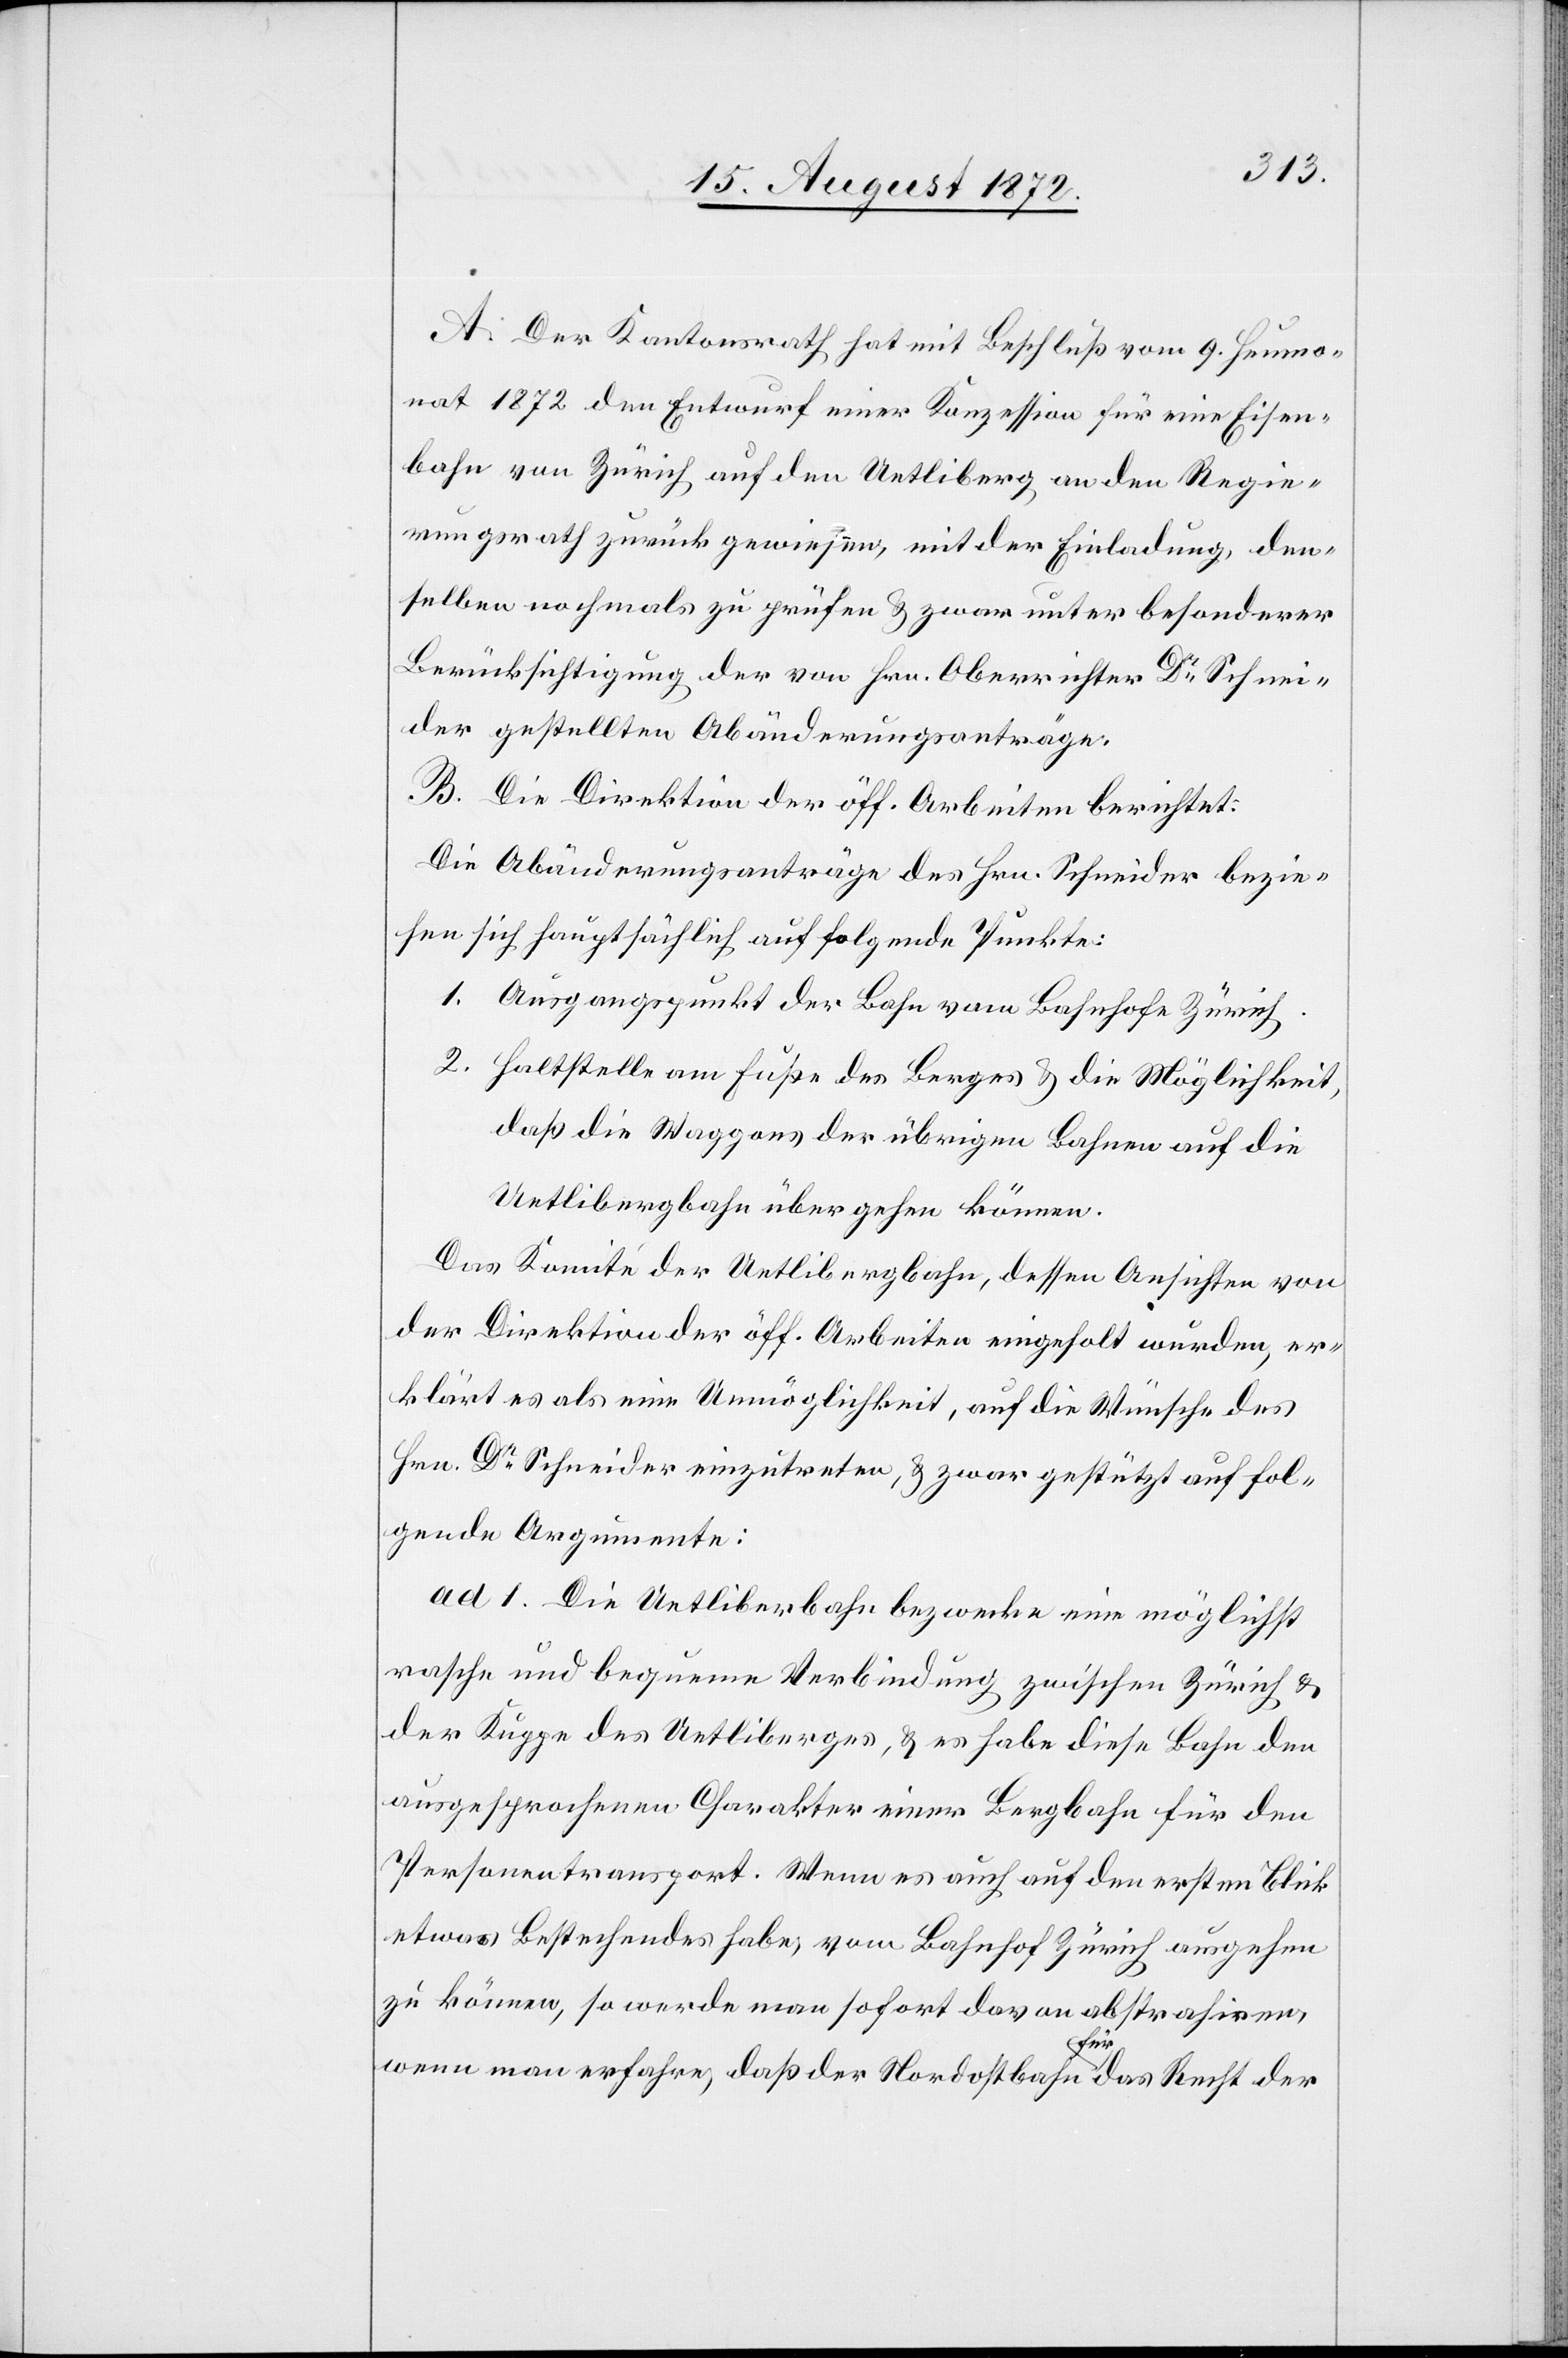
A. Der Kantonsrath hat mit Beschluß vom 9. Heumo¬
nat 1872 den Entwurf einer Konzession für eine Eisen¬
bahn von Zürich auf den Uetliberg an den Regie¬
rungsrath zurück gewiesen, mit der Einladung, den¬
selben nochmals zu prüfen u. zwar unter besonderer
Berücksichtigung der von Hrn. Oberrichter Dr Schnei¬
der gestellten Abänderungsanträge.
B. Die Direktion der öff. Arbeiten berichtet:
Die Abänderungsanträge des Hrn. Schneider bezie¬
hen sich hauptsächlich auf folgende Punkte:
1. Ausgangspunkt der Bahn vom Bahnhofe Zürich.
2. Haltstelle am Fuße des Berges u. die Möglichkeit,
daß die Waggons der übrigen Bahnen die
Uetlibergbahn übergehen können.
Das Komité der Uetlibergbahn, dessen Ansichten von
der Direktion der öff. Arbeiten eingeholt wurden, er¬
klärt es als eine Unmöglichkeit, auf die Wünsche des
Hrn. Dr Schneider einzutreten, u. zwar gestützt auf fol¬
gende Argumente:
ad 1. Die Uetlibergbahn bezwecke eine möglichst
rasche und bequeme Verbindung zwischen Zürich u.
der Kuppe des Uetliberges, u. es habe diese Bahn den
ausgesprochenen Charakter einer Bergbahn für den
Personentransport. Wenn es auch auf den ersten Blick
etwas Bestechendes habe, vom Bahnhof Zürich ausgehen
zu können, so werde man sofort davon abstrahiren,
wenn man erfahre, daß der Nordostbahn für das Recht der